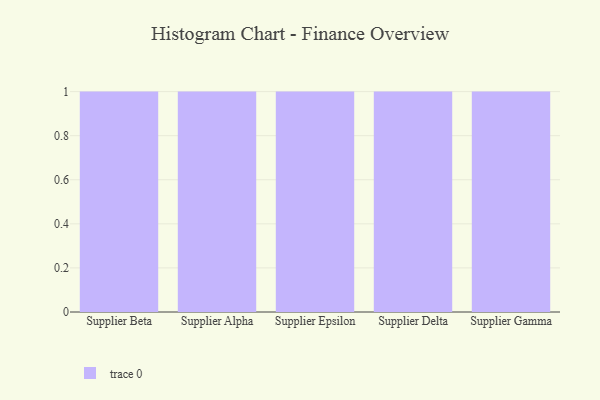
{"axis": {"x": "Supplier", "y": "Customer Acquisition Cost (USD)"}, "legend": [""], "data": [{"x": "Supplier Beta", "y": 99, "type": ""}, {"x": "Supplier Alpha", "y": 31, "type": ""}, {"x": "Supplier Epsilon", "y": 28, "type": ""}, {"x": "Supplier Delta", "y": 58, "type": ""}, {"x": "Supplier Gamma", "y": 25, "type": ""}]}